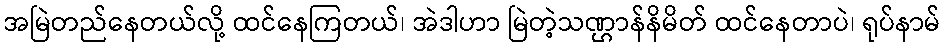
အမြဲတည်နေတယ်လို့ ထင်နေကြတယ်၊ အဲဒါဟာ မြဲတဲ့သဏ္ဌာန်နိမိတ် ထင်နေတာပဲ၊ ရုပ်နာမ်